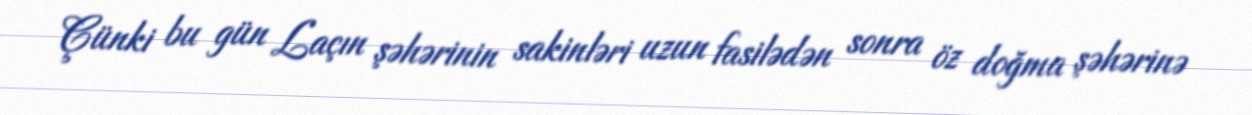
Çünki bu gün Laçın şəhərinin sakinləri uzun fasilədən sonra öz doğma şəhərinə